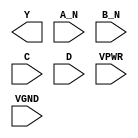
/**
 * Copyright 2020 The SkyWater PDK Authors
 *
 * Licensed under the Apache License, Version 2.0 (the "License");
 * you may not use this file except in compliance with the License.
 * You may obtain a copy of the License at
 *
 *     https://www.apache.org/licenses/LICENSE-2.0
 *
 * Unless required by applicable law or agreed to in writing, software
 * distributed under the License is distributed on an "AS IS" BASIS,
 * WITHOUT WARRANTIES OR CONDITIONS OF ANY KIND, either express or implied.
 * See the License for the specific language governing permissions and
 * limitations under the License.
 *
 * SPDX-License-Identifier: Apache-2.0
 */

`ifndef SKY130_FD_SC_HS__NAND4BB_PP_BLACKBOX_V
`define SKY130_FD_SC_HS__NAND4BB_PP_BLACKBOX_V

/**
 * nand4bb: 4-input NAND, first two inputs inverted.
 *
 * Verilog stub definition (black box with power pins).
 *
 * WARNING: This file is autogenerated, do not modify directly!
 */

`timescale 1ns / 1ps
`default_nettype none

(* blackbox *)
module sky130_fd_sc_hs__nand4bb (
    Y   ,
    A_N ,
    B_N ,
    C   ,
    D   ,
    VPWR,
    VGND
);

    output Y   ;
    input  A_N ;
    input  B_N ;
    input  C   ;
    input  D   ;
    input  VPWR;
    input  VGND;
endmodule

`default_nettype wire
`endif  // SKY130_FD_SC_HS__NAND4BB_PP_BLACKBOX_V